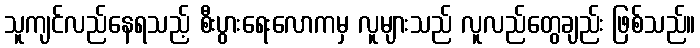
သူကျင်လည်နေရသည့် စီးပွားရေးလောကမှ လူများသည် လူလည်တွေချည်း ဖြစ်သည်။